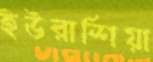
ইউরাশিয়া